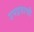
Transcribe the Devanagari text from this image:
उपद्रवाची